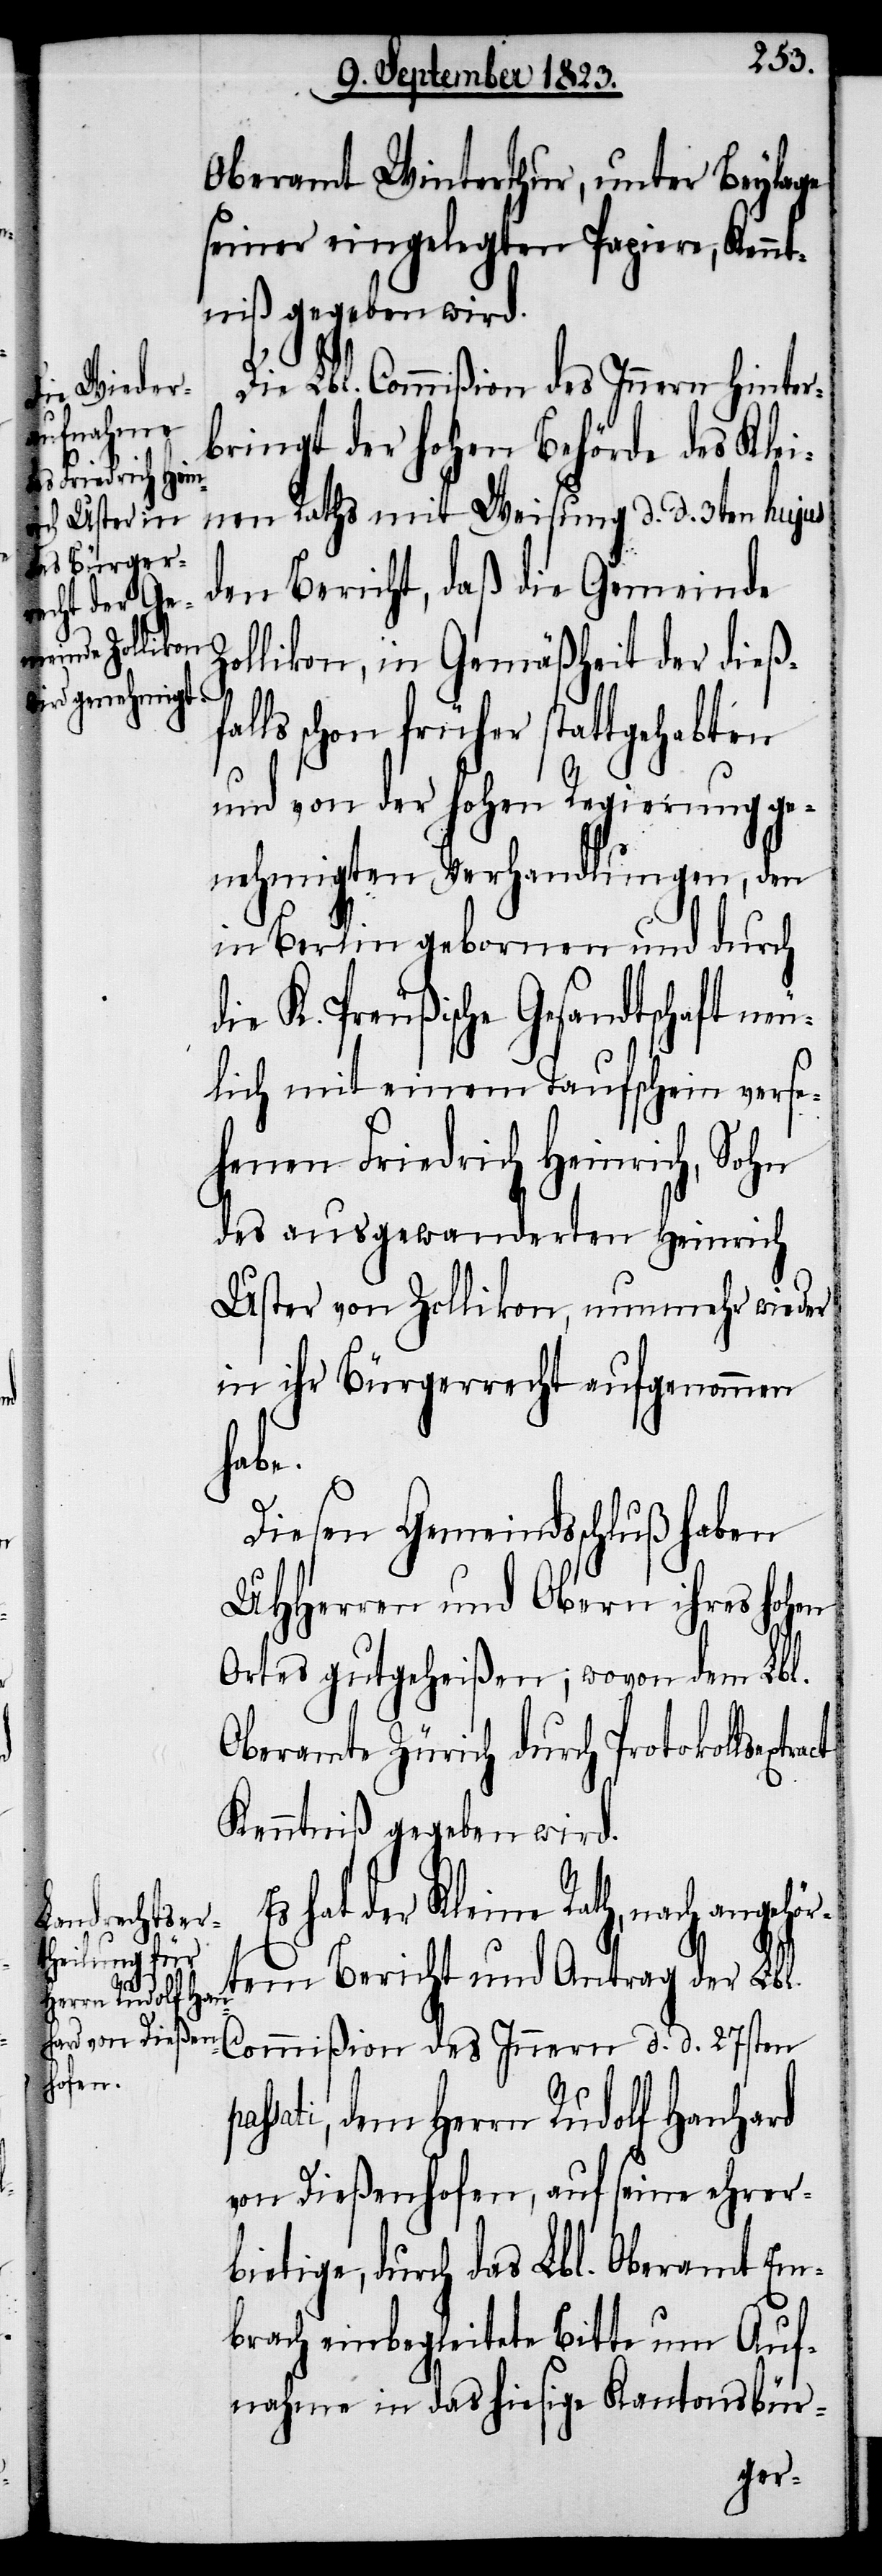
Oberamt Winterthur, unter Beylage
seiner eingelegten Papiere, Kennt¬
niß gegeben wird.
d¬
Die Lbl. Commißion des Innern hinter¬
bringt der hohen Behörde des Klei¬
nen Raths mit Weisung d. d. 3ten hujus
den Bericht, daß die Gemeinde
Zollikon, in Gemäßheit der dieß¬
falls schon früher stattgehabten
und von der hohen Regierung ge¬
nehmigten Verhandlungen, den
in Berlin gebornen und durch
ie K. Preußische Gesandtschaft neu¬
lich mit einem Taufschein verse¬
henen Friedrich Heinrich, Sohn
des ausgewanderten Heinrich
Uster von Zollikon, nunmehr wieder
in ihr Bürgerrecht aufgenommen
pas¬
Diesen Gemeindsschluß haben
UHHerren und Obern ihres hohen
Ortes gutgeheißen; wovon dem Lbl.
Oberamte Zürich durch Protokollsextr¬
Kenntniß gegeben wird.
Es hat der Kleine Rath, nach ange¬
tem Bericht und Antrag der Lbl.
Commißion des Innern d. d. 27sten
sati, dem Herrn Rudolf Hanhard
von Dießenhofen, auf seine ehrer¬
bietige, durch das Lbl. Oberamt Em¬
brach einbegleitete Bitte um Auf¬
nahme in das hiesige Kantonsbür-